Annual report of the Madras Medical College
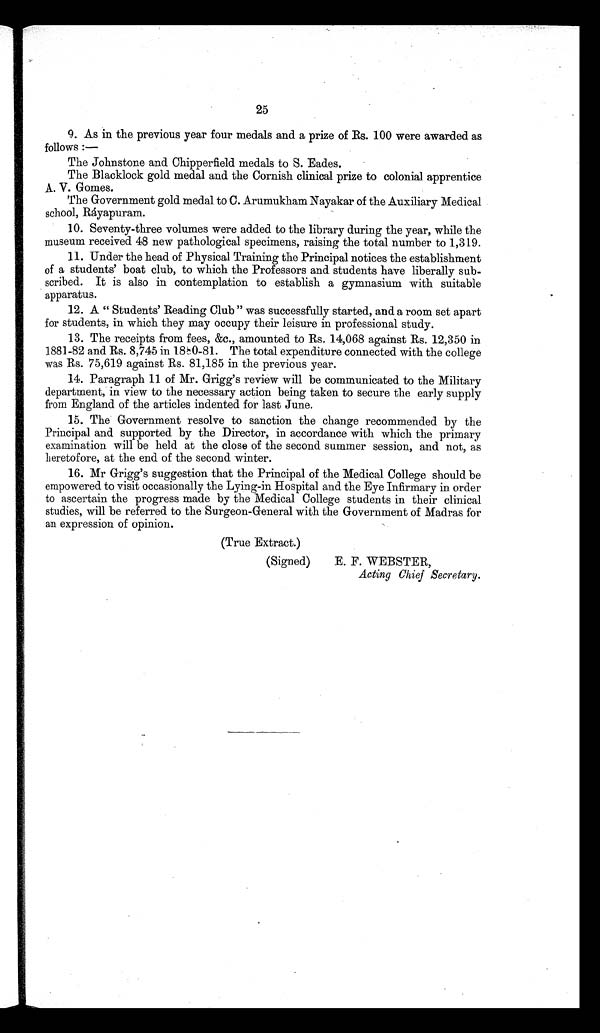
25
9. As in the previous year four medals and a prize of Rs. 100 were awarded as
follows :-
The Johnstone and Chipperfield medals to S. Eades.
The Blacklock gold medal and the Cornish clinical prize to colonial apprentice
A. V. Gomes.
The Government gold medal to C. Arumukham Nayakar of the Auxiliary Medical
school, Ráyapuram.
10. Seventy-three volumes were added to the library during the year, while the
museum received 48 new pathological specimens, raising the total number to 1,319.
11. Under the head of Physical Training the Principal notices the establishment
of a students' boat club, to which the Professors and students have liberally sub-
scribed. It is also in contemplation to establish a gymnasium with suitable
apparatus.
12. A " Students' Reading Club " was successfully started, and a room set apart
for students, in which they may occupy their leisure in professional study.
13. The receipts from fees, &c., amounted to Rs. 14,068 against Rs. 12,350 in
1881-82 and Rs. 8,745 in 1880-81. The total expenditure connected with the college
was Rs. 75,619 against Rs. 81,185 in the previous year.
14. Paragraph 11 of Mr. Grigg's review will be communicated to the Military
department, in view to the necessary action being taken to secure the early supply
from England of the articles indented for last June.
15. The Government resolve to sanction the change recommended by the
Principal and supported by the Director, in accordance with which the primary
examination will be held at the close of the second summer session, and not, as
heretofore, at the end of the second winter.
16. Mr Grigg's suggestion that the Principal of the Medical College should be
empowered to visit occasionally the Lying-in Hospital and the Eye Infirmary in order
to ascertain the progress made by the Medical College students in their clinical
studies, will be referred to the Surgeon-General with the Government of Madras for
an expression of opinion.
(True Extract.)
(Signed)
E. F. WESTER,
Acting Chief Secretary.